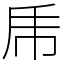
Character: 乕